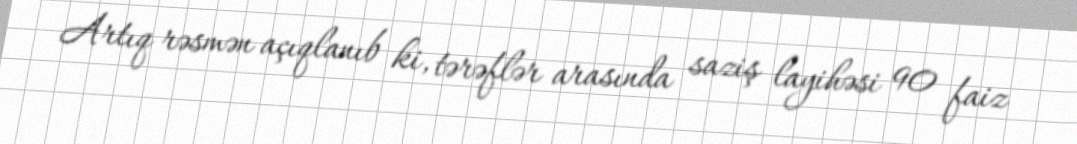
Artıq rəsmən açıqlanıb ki, tərəflər arasında saziş layihəsi 90 faiz